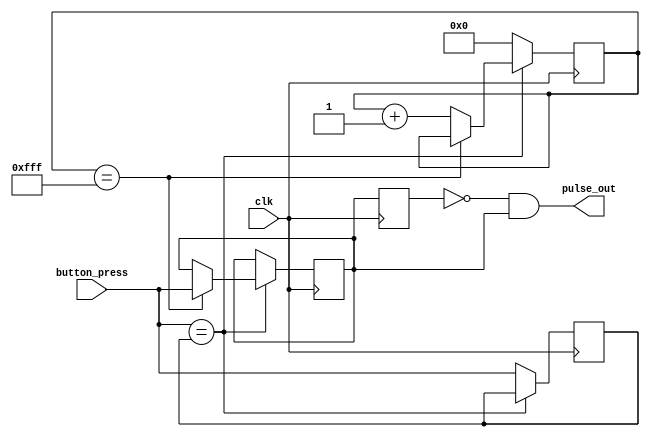
`timescale 1ns / 1ps
//////////////////////////////////////////////////////////////////////////////////
// Company: 
// Engineer: 
// 
// Design Name: 
// Module Name: debounce
// Project Name: 
// Target Devices: 
// Tool Versions: 
// Description: 
// 
// Dependencies: 
// 
// Revision:
// Revision 0.01 - File Created
// Additional Comments:
// 
//////////////////////////////////////////////////////////////////////////////////

module debounce(	
	input clk,
	input button_press,
	output pulse_out);

	reg [11:0] count;
	reg new_press;
	reg stable;
	reg now_stable;

	always @(posedge clk) begin
		if (button_press == new_press) begin
			if (count == 4095)
				stable <= button_press;
			else
				count <= count + 1;
		end
		
		else begin
			count <= 0;
			new_press <= button_press;
		end
   end
   
   always @(posedge clk) begin
         now_stable <= stable;
   end
 
   //Sends one shot pulse out if stable
   assign pulse_out = (now_stable == 0 & stable == 1);
   
endmodule